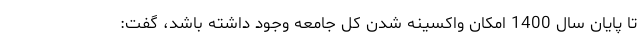
تا پایان سال 1400 امکان واکسینه شدن کل جامعه وجود داشته باشد، گفت: